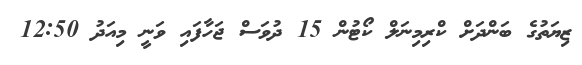
ޒިޔަތުގެ ބަންދަށް ކްރިމިނަލް ކޯޓުން 15 ދުވަސް ޖަހާފައި ވަނީ މިއަދު 12:50